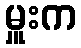
မှူးက